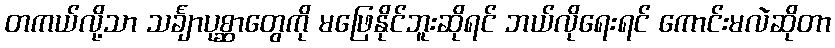
တကယ်လို့သာ သင်္ချာပုစ္ဆာတွေကို မဖြေနိုင်ဘူးဆိုရင် ဘယ်လိုရေးရင် ကောင်းမလဲဆိုတာ